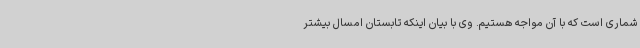
شماری است که با آن مواجه هستیم. وی با بیان اینکه تابستان امسال بیشتر